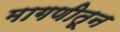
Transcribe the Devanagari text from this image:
मागणीतून